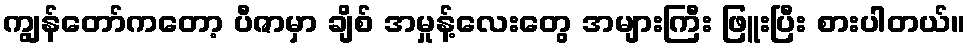
ကျွန်တော်ကတော့ ပီဇာမှာ ချိစ် အမှုန့်လေးတွေ အများကြီး ဖြူးပြီး စားပါတယ်။